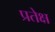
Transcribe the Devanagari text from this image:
प्रतेक्ष